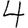
Digit: 4